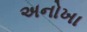
અનોખા